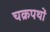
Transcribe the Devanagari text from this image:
चक्रपथों